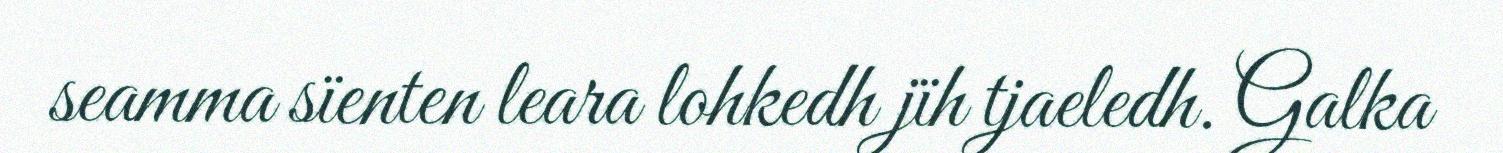
seamma sïenten leara lohkedh jïh tjaeledh. Galka